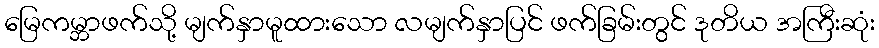
မြေကမ္ဘာဖက်သို့ မျက်နှာမူထားသော လမျက်နှာပြင် ဖက်ခြမ်းတွင် ဒုတိယ အကြီးဆုံး